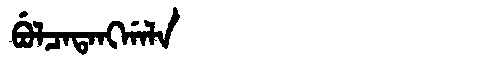
Manchu: ᠪᡠᠯᠴᠠᡨᠠᠩᡤᠠᠯᠠ
Romanization: BULCATANGGALA